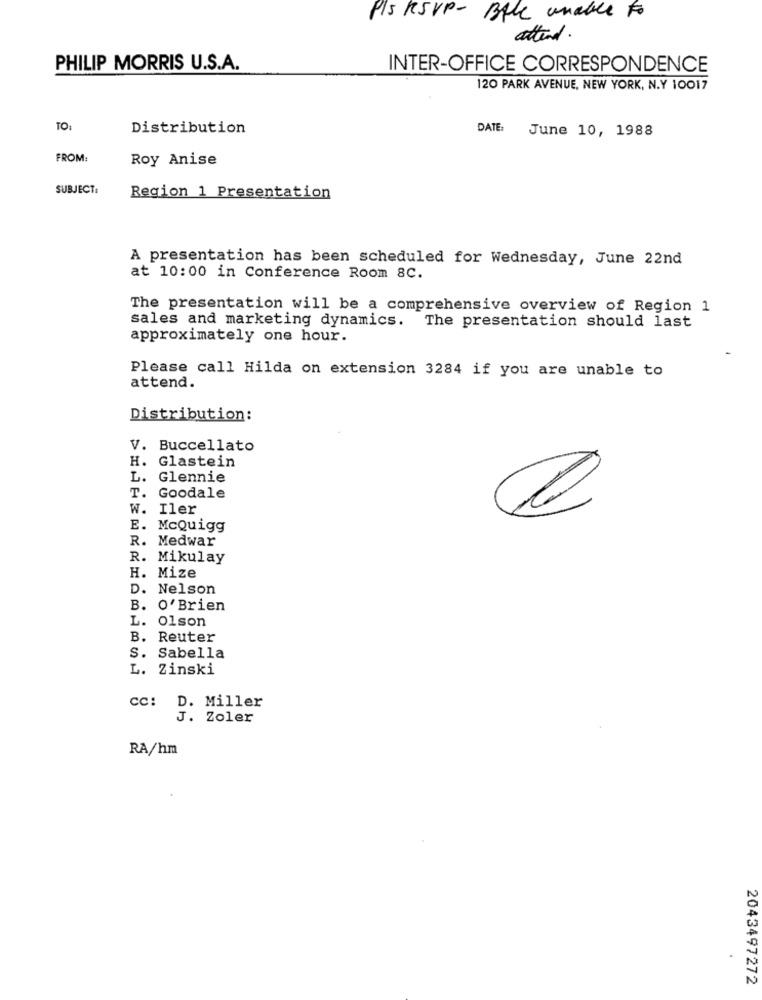
PIS RSVP - BAle unable to
attend.
PHILIP MORRIS U.S.A.
INTER-OFFICE CORRESPONDENCE
120 PARK AVENUE, NEW YORK, N.Y 10017
TO:
Distribution
DATE:
June 10, 1988
FROM:
Roy Anise
SUBJECT:
Region 1 Presentation
A presentation has been scheduled for Wednesday, June 22nd
at 10:00 in Conference Room 8C.
The presentation will be a comprehensive overview of Region 1
sales and marketing dynamics.
The presentation should last
approximately one hour.
Please call Hilda on extension 3284 if you are unable to
attend.
Distribution:
V. Buccellato
H. Glastein
L. Glennie
T. Goodale
W. Iler
E. McQuigg
R. Medwar
R. Mikulay
H. Mize
D. Nelson
B. O'Brien
L. Olson
B. Reuter
S. Sabella
L. Zinski
CC:
D. Miller
J. Zoler
RA/hm
2043497272